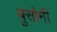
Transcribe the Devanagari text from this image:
बुसोनी